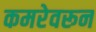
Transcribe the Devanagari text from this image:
कमरेवरून